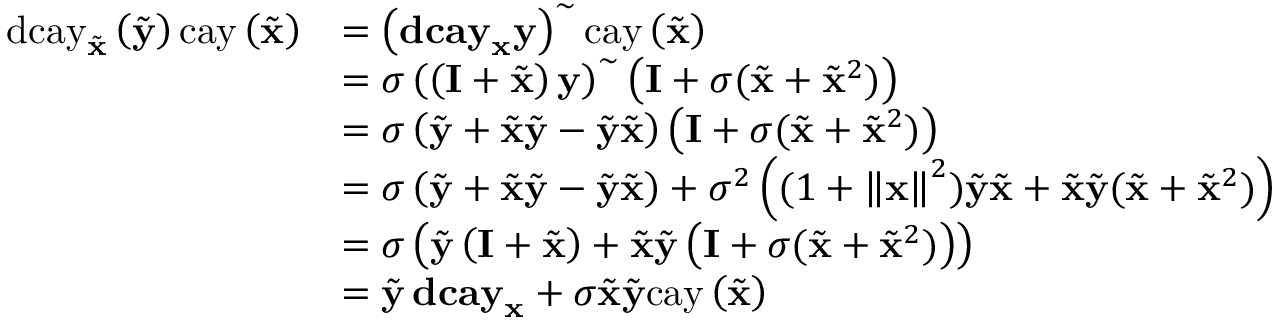
\begin{array} { r l } { \mathrm { d c a y } _ { \tilde { \mathbf { x } } } \left( \tilde { \mathbf { y } } \right) \mathrm { c a y } \left( \tilde { \mathbf { x } } \right) } & { = \left( \mathbf { d c a y } _ { \mathbf { x } } \mathbf { y } \right) ^ { \sim } \mathrm { c a y } \left( \tilde { \mathbf { x } } \right) } \\ & { = \sigma \left( \left( \mathbf { I } + \tilde { \mathbf { x } } \right) \mathbf { y } \right) ^ { \sim } \left( \mathbf { I } + \sigma ( \tilde { \mathbf { x } } + \tilde { \mathbf { x } } ^ { 2 } ) \right) } \\ & { = \sigma \left( \tilde { \mathbf { y } } + \tilde { \mathbf { x } } \tilde { \mathbf { y } } - \tilde { \mathbf { y } } \tilde { \mathbf { x } } \right) \left( \mathbf { I } + \sigma ( \tilde { \mathbf { x } } + \tilde { \mathbf { x } } ^ { 2 } ) \right) } \\ & { = \sigma \left( \tilde { \mathbf { y } } + \tilde { \mathbf { x } } \tilde { \mathbf { y } } - \tilde { \mathbf { y } } \tilde { \mathbf { x } } \right) + \sigma ^ { 2 } \left( ( 1 + \left\Vert \mathbf { x } \right\Vert ^ { 2 } ) \tilde { \mathbf { y } } \tilde { \mathbf { x } } + \tilde { \mathbf { x } } \tilde { \mathbf { y } } ( \tilde { \mathbf { x } } + \tilde { \mathbf { x } } ^ { 2 } ) \right) } \\ & { = \sigma \left( \tilde { \mathbf { y } } \left( \mathbf { I } + \tilde { \mathbf { x } } \right) + \tilde { \mathbf { x } } \tilde { \mathbf { y } } \left( \mathbf { I } + \sigma ( \tilde { \mathbf { x } } + \tilde { \mathbf { x } } ^ { 2 } ) \right) \right) } \\ & { = \tilde { \mathbf { y } } \, \mathbf { d c a y } _ { \mathbf { x } } + \sigma \tilde { \mathbf { x } } \tilde { \mathbf { y } } \mathrm { c a y } \left( \tilde { \mathbf { x } } \right) } \end{array}